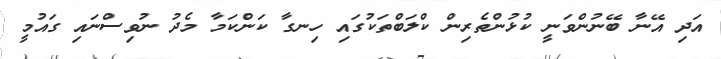
އަދި އޭނާ ބޭނުންވަނީ ކުޅުންތެރިން ކްލަބްތަކުގައި ހިނގާ ކަންކަމާ މެދު ނުވިސްނައި ގައުމީ